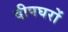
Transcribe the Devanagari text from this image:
दीपघरों